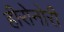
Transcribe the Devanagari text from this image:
हीरोनोरी